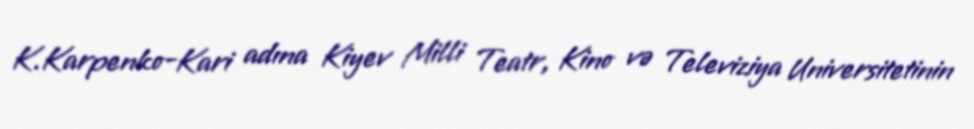
K.Karpenko-Kari adına Kiyev Milli Teatr, Kino və Televiziya Universitetinin